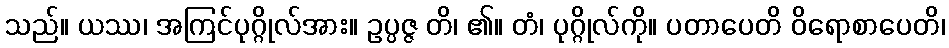
သည်။ ယဿ၊ အကြင်ပုဂ္ဂိုလ်အား။ ဥပ္ပဇ္ဇ တိ၊ ၏။ တံ၊ ပုဂ္ဂိုလ်ကို။ ပတာပေတိ ဝိရောစာပေတိ၊